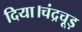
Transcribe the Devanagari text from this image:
दिया।चंद्रचूड़